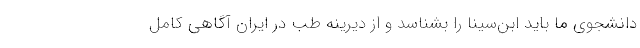
دانشجوی ما باید ابن‌سینا را بشناسد و از دیرینه طب در ایران آگاهی کامل